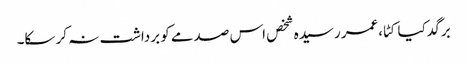
برگد کیا کٹا،عمر رسیدہ شخص اس صدمے کو برداشت نہ کر سکا۔